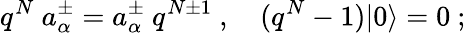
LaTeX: q^{N}\ a_{\alpha}^{\pm}=a_{\alpha}^{\pm}\ q^{N\pm 1}\ ,\quad(q^{N}-1)\vert 0\rangle=0\ ;